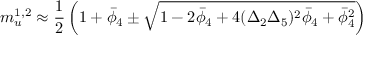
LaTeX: m _ { u } ^ { 1 , 2 } \approx \frac { 1 } { 2 } \left( 1 + { \bar { \phi } } _ { 4 } \pm \sqrt { 1 - 2 { \bar { \phi } } _ { 4 } + 4 ( \Delta _ { 2 } \Delta _ { 5 } ) ^ { 2 } { \bar { \phi } } _ { 4 } + { \bar { \phi } } _ { 4 } ^ { 2 } } \right)